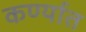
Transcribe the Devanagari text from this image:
कर्ण्यात